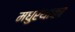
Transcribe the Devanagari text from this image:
मधुरंथाका